Civil Veterinary Dept. Assam report 1927-50 - 1927-1950
Year: 1927
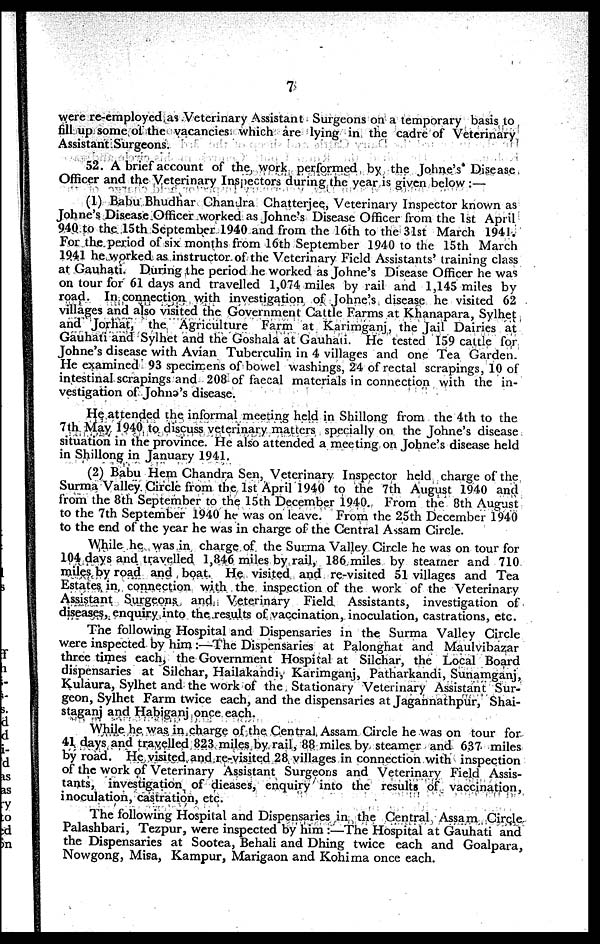
7
were re-employed as Veterinary Assistant Surgeons on a temporary basis to
fill up some of the vacancies which are lying in the cadre of Veterinary
Assistant Surgeons.
52. A brief account of the work performed by the Johne's Disease
Officer and the Veterinary Inspectors during the year is given below :—
(1) Babu Bhudhar Chandra Chatterjee, Veterinary Inspector known as
Johne's Disease Officer worked as Johne's Disease Officer from the 1st April
940 to the 15th September 1940 and from the 16th to the 31st March 1941.
For the period of six months from 16th September 1940 to the 15th March
1941 he worked as instructor of the Veterinary Field Assistants' training class
at Gauhati. During the period he worked as Johne's Disease Officer he was
on tour for 61 days and travelled 1,074 miles by rail and 1,145 miles by
road. In connection with investigation of Johne's disease he visited 62
villages and also visited the Government Cattle Farms at Khanapara, Sylhet
and Jorhat, the Agriculture Farm at Karimganj, the Jail Dairies at
Gauhati and Sylhet and the Goshala at Gauhati. He tested 159 cattle for
Johne's disease with Avian Tuberculin in 4 villages and one Tea Garden.
He examined 93 specimens of bowel washings, 24 of rectal scrapings, 10 of
intestinal scrapings and 208 of faecal materials in connection with the in-
vestigation of Johna's disease.
He attended the informal meeting held in Shillong from the 4th to the
7th May 1940 to discuss veterinary matters specially on the Johne's disease
situation in the province. He also attended a meeting on Johne's disease held
in Shillong in January 1941.
(2) Babu Hem Chandra Sen, Veterinary Inspector held charge of the
Surma Valley Circle from the 1st April 1940 to the 7th August 1940 and
from the 8th September to the 15th December 1940. From the 8th August
to the 7th September 1940 he was on leave. From the 25th December 1940
to the end of the year he was in charge of the Central Assam Circle.
While he was in charge of the Surma Valley Circle he was on tour for
104 days and travelled 1,846 miles by rail, 186 miles by steamer and 710
miles by road and boat. He visited and re-visited 51 villages and Tea
Estates in connection with the inspection of the work of the Veterinary
Assistant Surgeons and Veterinary Field Assistants, investigation of
diseases, enquiry into the results of vaccination, inoculation, castrations, etc.
The following Hospital and Dispensaries in the Surma Valley Circle
were inspected by him :—The Dispensaries at Palonghat and Maulvibazar
three times each, the Government Hospital at Silchar, the Local Board
dispensaries at Silchar, Hailakandi, Karimganj, Patharkandi, Sunamganj,
Kulaura, Sylhet and the work of the Stationary Veterinary Assistant Sur-
geon, Sylhet Farm twice each, and the dispensaries at Jagannathpur, Shai-
staganj and Habiganj once each.
While he was in charge of the Central. Assam Circle he was on tour for
41 days and travelled 823 miles by rail, 88 miles by steamer and 637 miles
by road. He visited and re-visited 28 villages in connection with inspection
of the work of Veterinary Assistant Surgeons and Veterinary Field Assis-
tants, investigation of dieases, enquiry into the results of vaccination,
inoculation, castration, etc.
The following Hospital and Dispensaries in the Central Assam Circle
Palashbari, Tezpur, were inspected by him :—The Hospital at Gauhati and
the Dispensaries at Sootea, Behali and Dhing twice each and Goalpara,
Nowgong, Misa, Kampur, Marigaon and Kohima once each.